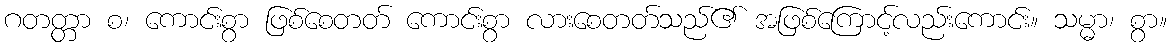
ဂတတ္တာ စ၊ ကောင်းစွာ ဖြစ်စေတတ် ကောင်းစွာ လားစေတတ်သည်၏ အဖြစ်ကြောင့်လည်းကောင်း။ သမ္မာ၊ စွာ။